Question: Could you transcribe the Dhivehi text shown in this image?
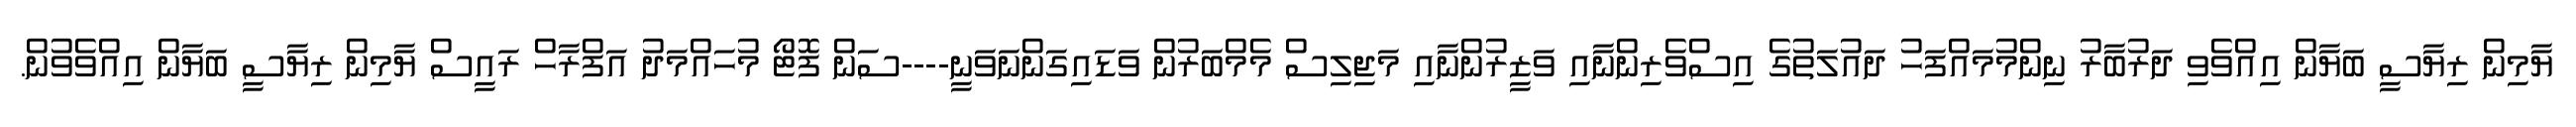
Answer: ޔާމިން ރިޔާސީ ބަޔާން އިއްވެވި ދަރުބާރު ނިންމުމައްފަހު ދައުލަތުގެ އިސްވެރިންނާއި ވަޒީރުންނާއި މަޖިލިސް މެމްބަރުން ވަޑައިގަންނަވަނީ----ސަން ފޮޓޯ މުހައްމަދު އަފްރާހް ރައީސް ޔާމިން ރިޔާސީ ބަޔާން އިއްވެވުން.